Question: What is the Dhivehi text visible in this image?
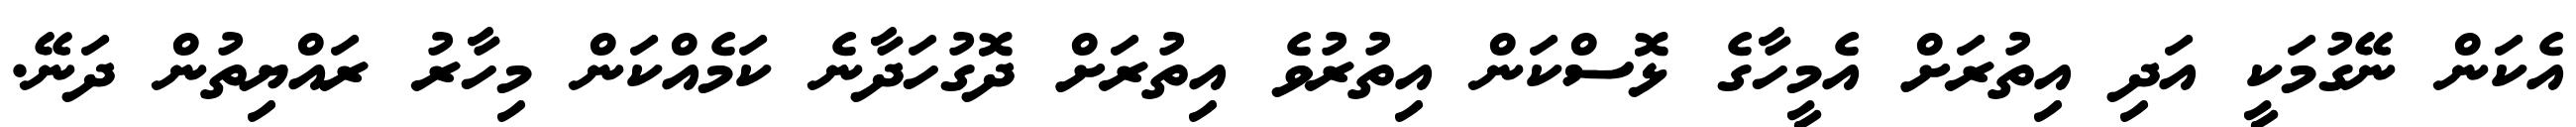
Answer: އެކަން ނޭގުމަކީ އަދި އިތުރަށް އެމީހާގެ ޅޮސްކަން އިތުރުވެ އިތުރަށް ދޮގުހަދާނެ ކަމެއްކަން މިހާރު ރައްޔިތުން ދަނޭ.